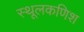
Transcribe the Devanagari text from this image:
स्थूलकणिश